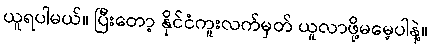
ယူရပါမယ်။ ပြီးတော့ နိုင်ငံကူးလက်မှတ် ယူလာဖို့မမေ့ပါနဲ့။